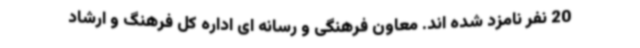
20 نفر نامزد شده اند. معاون فرهنگی و رسانه ای اداره کل فرهنگ و ارشاد